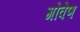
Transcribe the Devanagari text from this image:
गोवेण